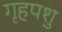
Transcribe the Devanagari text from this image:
गृहपशु